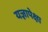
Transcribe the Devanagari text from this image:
यज्ञापेक्षा